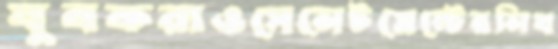
যুবকরাওসেলেটমেন্টেরলিখ